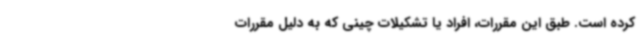
کرده است. طبق این مقررات، افراد یا تشکیلات چینی که به دلیل مقررات